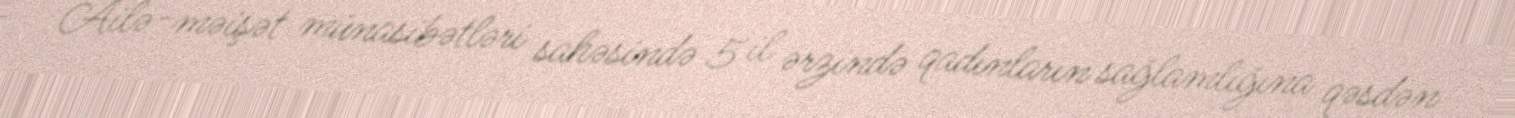
Ailə-məişət münasibətləri sahəsində 5 il ərzində qadınların sağlamlığına qəsdən